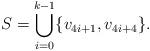
LaTeX: \begin{align*}S = \bigcup_{i=0}^{k-1} \{v_{4i+1},v_{4i+4}\}.\end{align*}